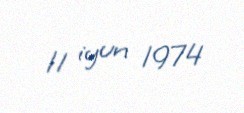
11 iyun 1974